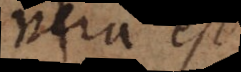
vera est